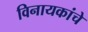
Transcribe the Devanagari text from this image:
विनायकांचे